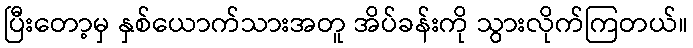
ပြီးတော့မှ နှစ်ယောက်သားအတူ အိပ်ခန်းကို သွားလိုက်ကြတယ်။